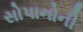
સોપાનોની